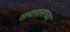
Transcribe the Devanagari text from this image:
समारासच्या